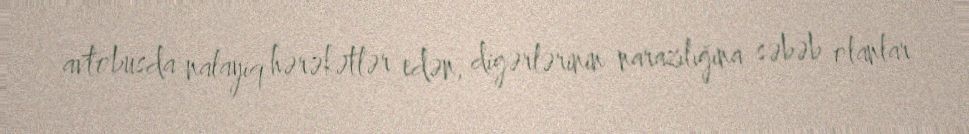
avtobusda nalayiq hərəkətlər edən, digərlərinin narazılığına səbəb olanlar